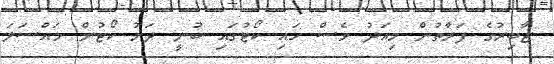
ޖާބިރުގެ ފަރާތުން މިއަދު ވެސް ހައި ކޯޓުގައި ބުނީ ދަށު ކޯޓުން މައްސަލަ